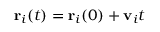
{ \bf r } _ { i } ( t ) = { \bf r } _ { i } ( 0 ) + { \bf v } _ { i } t